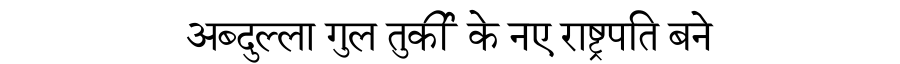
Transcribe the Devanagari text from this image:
अब्दुल्ला गुल तुर्की के नए राष्ट्रपति बने